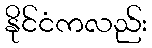
နိုင်ငံကလည်း